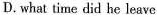
D.what time did he leave